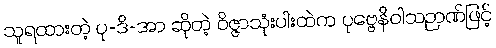
သူရထားတဲ့ ပု-ဒိ-အာ ဆိုတဲ့ ဝိဇ္ဇာသုံးပါးထဲက ပုဗ္ဗေနိဝါသဉာဏ်ဖြင့်